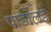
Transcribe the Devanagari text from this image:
पांडालई